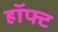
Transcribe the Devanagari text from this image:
हॉफ्ट